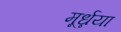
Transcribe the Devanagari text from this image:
मूर्ध्नया